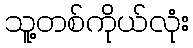
သူ့တစ်ကိုယ်လုံး